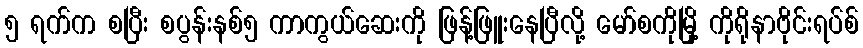
၅ ရက်က စပြီး စပွန်းနစ်၅ ကာကွယ်ဆေးကို ဖြန့်ဖြူးနေပြီလို့ မော်စကိုမြို့ ကိုရိုနာဗိုင်းရပ်စ်